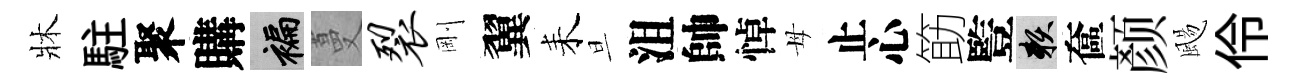
牀駐聚購褊蔓裂剛翼耒旦沮帥悼母止心筯䜿賴奩颜颺伶